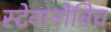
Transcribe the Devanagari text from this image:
स्टेवानोविच